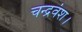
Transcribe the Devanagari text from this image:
चन्द्रवंश।